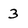
Character: 3